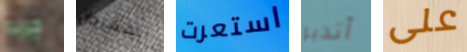
جربه المهرجان استعرت أتدبر على